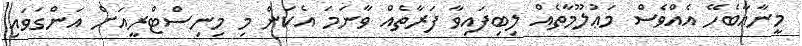
މީނާއާބެހޭ އެއްވެސް މަޢުލޫމާތެއް ލިބިފައިވާ ފަރާތެއް ވާނަމަ އެކަން މި މިނިސްޓްރީއަށް އަންގަވައި